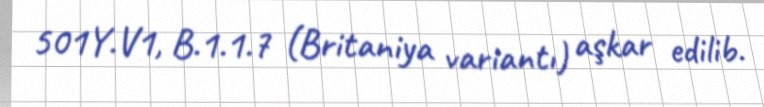
501Y.V1, B.1.1.7 (Britaniya variantı) aşkar edilib.